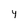
Character: y